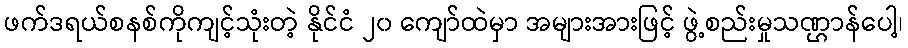
ဖက်ဒရယ်စနစ်ကိုကျင့်သုံးတဲ့ နိုင်ငံ ၂၀ ကျော်ထဲမှာ အများအားဖြင့် ဖွဲ့စည်းမှုသဏ္ဌာန်ပေါ့၊